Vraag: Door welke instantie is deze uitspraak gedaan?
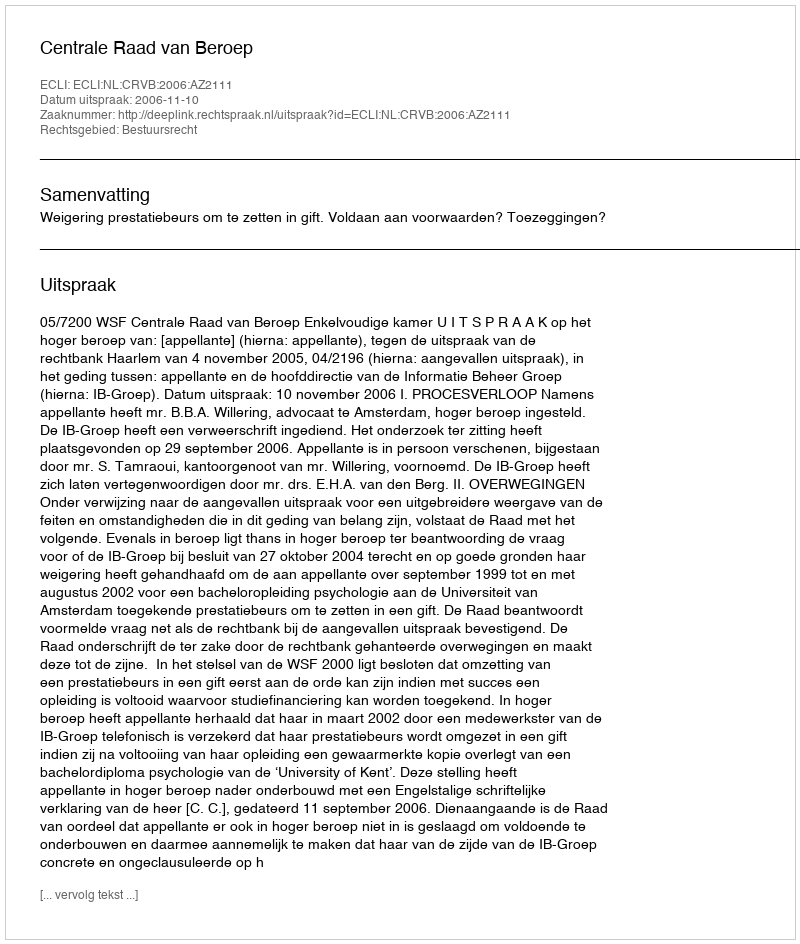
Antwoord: Centrale Raad van Beroep